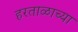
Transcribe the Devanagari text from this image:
हरताळाच्या